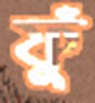
ফুঁ